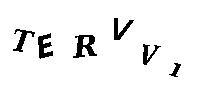
TERVV1